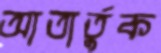
আতার্তুক